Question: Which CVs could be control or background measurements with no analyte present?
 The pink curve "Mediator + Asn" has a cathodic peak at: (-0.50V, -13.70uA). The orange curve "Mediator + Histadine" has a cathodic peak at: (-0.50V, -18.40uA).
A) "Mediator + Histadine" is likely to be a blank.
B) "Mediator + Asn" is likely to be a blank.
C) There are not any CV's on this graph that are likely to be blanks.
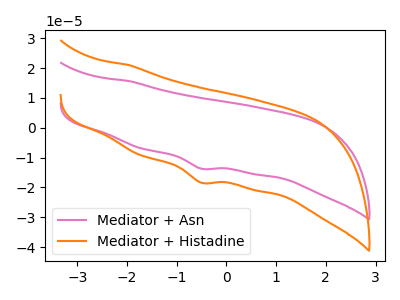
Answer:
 <answer>C) There are not any CV's on this graph that are likely to be blanks.</answer>
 <eval>C</eval>